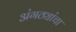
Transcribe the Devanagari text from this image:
अंगठ्यांचा